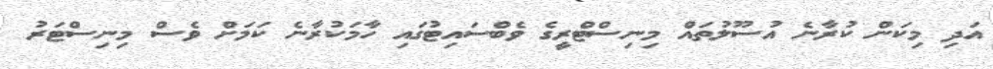
އަދި މިކަން ކުރާނެ އުސޫލުތައް މިނިސްޓްރީގެ ވެބްސައިޓުގައި ހާމަކުރާނެ ކަމަށް ވެސް މިނިސްޓަރު